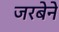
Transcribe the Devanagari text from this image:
जरबेने